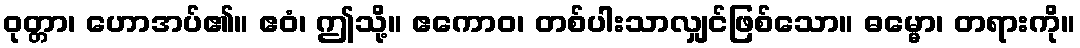
ဝုတ္တာ၊ ဟောအပ်၏။ ဧဝံ၊ ဤသို့။ ဧကောဝ၊ တစ်ပါးသာလျှင်ဖြစ်သော။ ဓမ္မော၊ တရားကို။